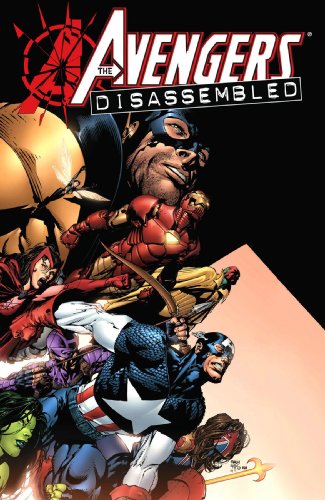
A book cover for Avengers Disassembled; Brian Michael Bendis; Comics & Graphic Novels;